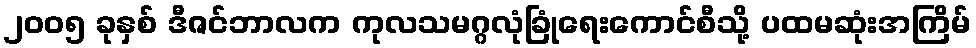
၂၀၀၅ ခုနှစ် ဒီဇင်ဘာလက ကုလသမဂ္ဂလုံခြုံရေးကောင်စီသို့ ပထမဆုံးအကြိမ်